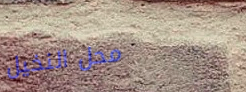
محل النخيل